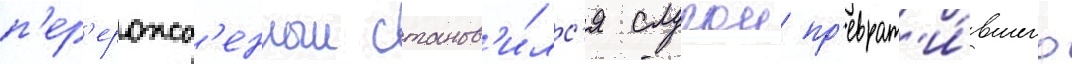
п'ер'ерожд'енныи станов'и́лс'я слугои пр'еврат'и́вшего